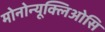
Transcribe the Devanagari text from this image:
मोनोन्यूक्लिओसि